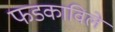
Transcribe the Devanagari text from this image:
फडकाविले